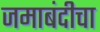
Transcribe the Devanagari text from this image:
जमाबंदीचा